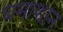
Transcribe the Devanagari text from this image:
घमाशान